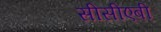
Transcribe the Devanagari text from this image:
सीसीएबी